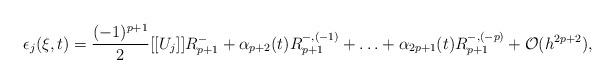
LaTeX: \begin{align*} \epsilon_j(\xi,t) = \frac{(-1)^{p+1}}{2} [[U_j]] R_{p+1}^- + \alpha_{p+2}(t) R_{p+1}^{-,(-1)} + \ldots + \alpha_{2p+1}(t)R_{p+1}^{-,(-p)} + \mathcal{O}(h^{2p+2}), \end{align*}